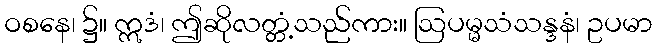
ဝစနေ၊ ၌။ ဣဒံ၊ ဤဆိုလတ္တံ့သည်ကား။ ဩပမ္မသံသန္ဒနံ၊ ဥပမာ